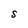
Character: s